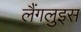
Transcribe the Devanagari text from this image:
लैंगलुइस